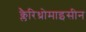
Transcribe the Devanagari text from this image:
क्लैरिथ्रोमाइसीन